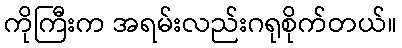
ကိုကြီးက အရမ်းလည်းဂရုစိုက်တယ်။